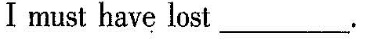
I must have lost___.